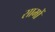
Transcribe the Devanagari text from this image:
सामों